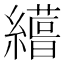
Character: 𮉊